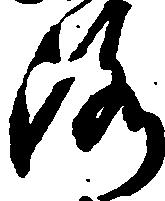
洛